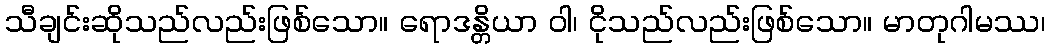
သီချင်းဆိုသည်လည်းဖြစ်သော။ ရောဒန္တိယာ ဝါ၊ ငိုသည်လည်းဖြစ်သော။ မာတုဂါမဿ၊